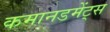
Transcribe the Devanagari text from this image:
कमानडमेंट्स